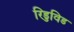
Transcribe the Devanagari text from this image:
रिडुविड